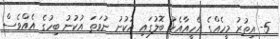
5- އިތުރު މީހެއްގެ އެހީއާއެކު ބޮލުގައި އުކުނު ނުވަތަ އުކުނު ބިހުގެ އެއްވެސް